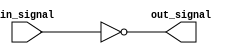
module active_low_buffer(
    input wire in_signal,
    output wire out_signal
);

assign out_signal = ~in_signal;

endmodule